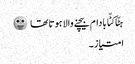
ہٹّا کٹّا بادام بیچنے والا ہوتا تھا 😛
امتیاز ۔